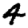
Digit: 4